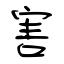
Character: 害